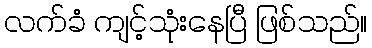
လက်ခံ ကျင့်သုံးနေပြီ ဖြစ်သည်။